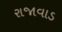
રાજાવાડ